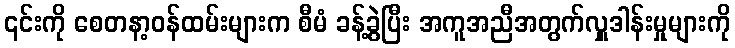
၎င်းကို စေတနာ့ဝန်ထမ်းများက စီမံ ခန့်ခွဲပြီး အကူအညီအတွက်လှူဒါန်းမှုများကို